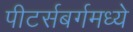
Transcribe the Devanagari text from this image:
पीटर्सबर्गमध्ये